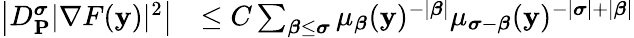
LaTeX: \begin{array}{rl}{\big|D_{\mathbf{P}}^{\boldsymbol{\sigma}}|\nabla F(\mathbf{y})|^{2}\big|}&{\le C\sum_{\boldsymbol{\beta}\le\boldsymbol{\sigma}}\mu_{\boldsymbol{\beta}}(\mathbf{y})^{-|\boldsymbol{\beta}|}\mu_{\boldsymbol{\sigma}-\boldsymbol{\beta}}(\mathbf{y})^{-|\boldsymbol{\sigma}|+|\boldsymbol{\beta}|}}\end{array}